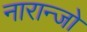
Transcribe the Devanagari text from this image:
नारान्जो